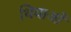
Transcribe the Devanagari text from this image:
थियाओं